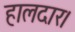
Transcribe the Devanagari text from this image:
हालदार।